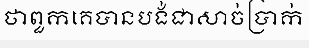
ថាពួកគេបានបង់ជាសាច់ប្រាក់